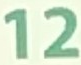
12